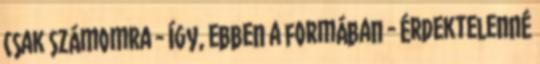
csak számomra - így, ebben a formában - érdektelenné